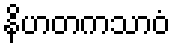
နိဟတကသာဝံ